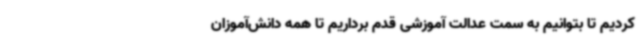
کردیم تا بتوانیم به سمت عدالت آموزشی قدم برداریم تا همه دانش‌آموزان